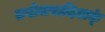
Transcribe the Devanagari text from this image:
तपोजपादिअक्ं